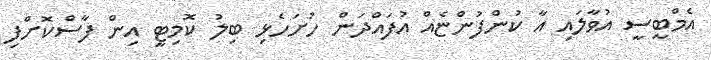
އެމްބީސީ އުވާލައި އާ ކުންފުންޏެއް އުފައްދަން ހުށަހެޅި ބިލު ކޮމިޓީ އިން ފާސްކޮށްފި